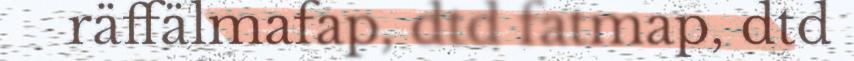
räffälmafap, dtd fatmap, dtd